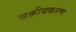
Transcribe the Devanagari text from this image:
च्रक्रीयकरण